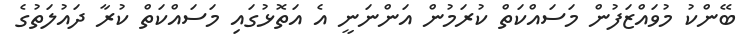
ބޭންކު މުވައްޒަފުން މަސައްކަތް ކުރަމުން އަންނަނީ އެ އަތޮޅުގައި މަސައްކަތް ކުރާ ދައުލަތުގެ